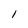
Character: I